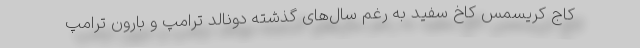
کاج کریسمس کاخ سفید به رغم سال‌های گذشته دونالد ترامپ و بارون ترامپ